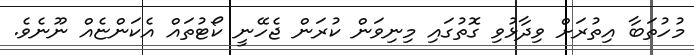
މުހުތަބާ އިތުރަށް ވިދާޅުވި ގޮތުގައި މިނިވަން ކުރަން ޖެހޭނީ ކޯޓުތައް އެކަންޏެއް ނޫނެވެ.